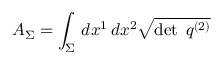
A _ { \Sigma } = \int _ { \Sigma } \, d x ^ { 1 } \, d x ^ { 2 } { \sqrt { \operatorname* { d e t } \; q ^ { ( 2 ) } } }